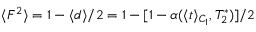
\langle F ^ { 2 } \rangle = 1 - \langle d \rangle / 2 = 1 - [ 1 - \alpha ( \langle t \rangle _ { C _ { 1 } } , T _ { 2 } ^ { * } ) ] / 2